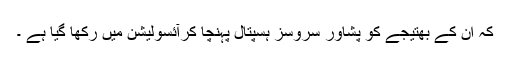
کہ ان کے بھتیجے کو پشاور سروسز ہسپتال پہنچا کرآئسولیشن میں رکھا گیا ہے ۔